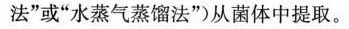
法”或”水蒸气蒸馏法”)从菌体中提取。